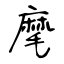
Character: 麾